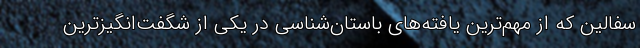
سفالین که از مهم‌ترین یافته‌های باستان‌شناسی در یکی از شگفت‌انگیزترین